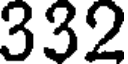
332